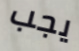
يجب